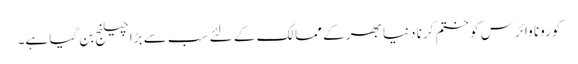
کورونا وائرس کو ختم کرنا دنیا بھر کے ممالک کے لئے سب سے بڑا چیلنج بن گیا ہے۔